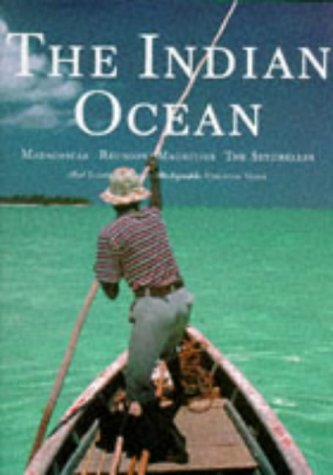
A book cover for The Indian Ocean (Evergreen Series); Elaine Georges; Travel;